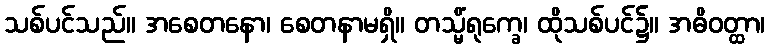
သစ်ပင်သည်။ အစေတနော၊ စေတနာမရှိ။ တသ္မိံရုက္ခေ၊ ထိုသစ်ပင်၌။ အဓိဝတ္ထာ၊